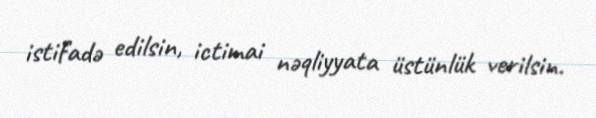
istifadə edilsin, ictimai nəqliyyata üstünlük verilsin.